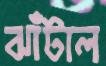
ঝাঁটাল